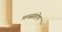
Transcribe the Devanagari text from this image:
मनसंतोष